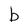
Character: b